Vaccination returns of the Province of Eastern Bengal and Assam - 1905-1912
Year: 1905
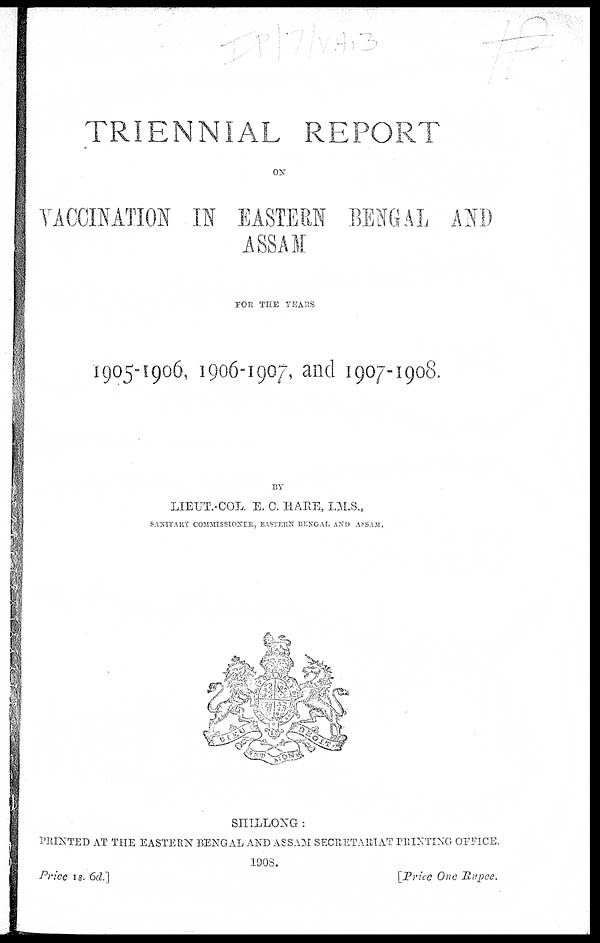
TRIENNIAL REPORT
ON
VACCINATION IN EASTERN BENGAL AND
ASSAM
FOR THE YEARS
1905-1906, 1906-1907, and 1907-1908.
BY
LIEUT.-COL. E. C. HARE, I.M.S.,
SANITARY COMMISSIONER, EASTERN BENGAL AND ASSAM.
SHILLONG :
PRINTED AT THE EASTERN BENGAL AND ASSAM SECRETARIAT PRINTING OFFICE.
1908.
Price 1s. 6d.]
[Price One Rupee.